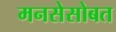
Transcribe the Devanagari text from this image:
मनसेसोबत